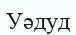
Уәдуд